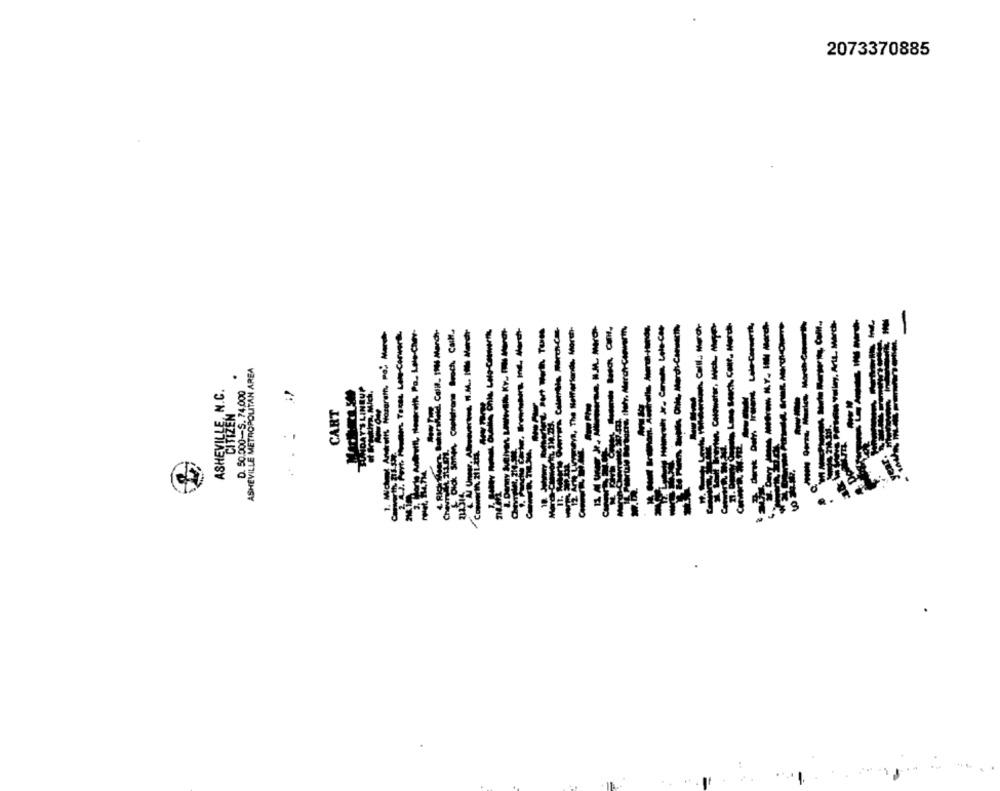
2073370885
Looks Tomaterauch Colli, March
Ayhan Colowater, Mich. Moyen-
--------
-----
-- > Pires valley, Artı, Marche-
1. Michel Andretit Nazareth, Po. Men
hat Diok sanen, Copiatrans Beach, Calle.
----
Martaya, The Selfleriands, Morch-
ASHEVILLE METROPOLITAN AREA
.
BUTDAY'S LINEUP
ASHEVILLE, N.C.
0. 50.000-5.74.000
CITIZEN
CART